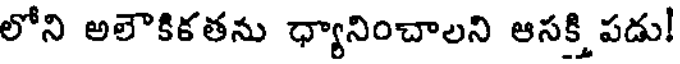
లోని అలౌకికతను ధ్యానించాలని ఆసక్తి పడు!